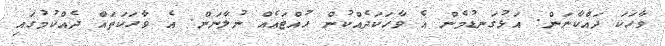
ވާހަކަ ދައްކާނަން. އަޅުގަނޑުމެން އެ ވާހަކަދެއްކުން ހުއްޓައެއް ނުލާނަން. އެ ވާހަކަތައް ދެއްކުމުގައި